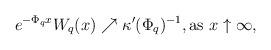
LaTeX: \begin{align*}e^{-\Phi_q x}W_q (x) \nearrow \kappa'(\Phi_q)^{-1}, \textrm{as } x \uparrow \infty,\end{align*}